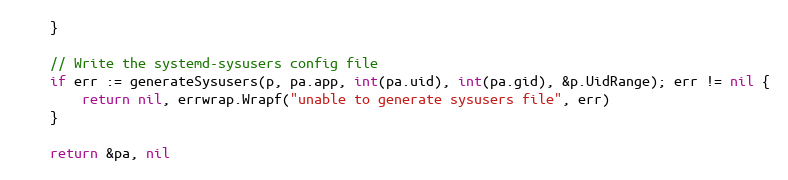
Language: Go
	}

	// Write the systemd-sysusers config file
	if err := generateSysusers(p, pa.app, int(pa.uid), int(pa.gid), &p.UidRange); err != nil {
		return nil, errwrap.Wrapf("unable to generate sysusers file", err)
	}

	return &pa, nil